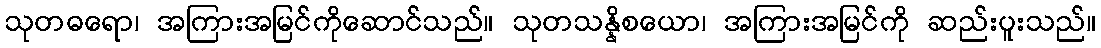
သုတဓရော၊ အကြားအမြင်ကိုဆောင်သည်။ သုတသန္နိစယော၊ အကြားအမြင်ကို ဆည်းပူးသည်။